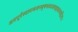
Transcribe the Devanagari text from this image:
अथपूर्वस्यामञजनबृषभध्वजपद्ममाल्यवद्गिरयः।